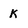
Character: k